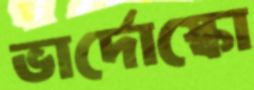
ভার্দোস্কো